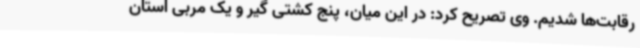
رقابت‌ها شدیم. وی تصریح کرد: در این میان، پنج کشتی گیر و یک مربی استان